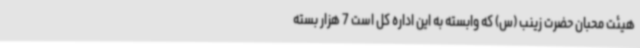
هیئت محبان حضرت زینب (س) که وابسته به این اداره کل است 7 هزار بسته